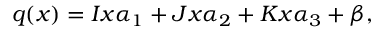
q ( x ) = I x \alpha _ { 1 } + J x \alpha _ { 2 } + K x \alpha _ { 3 } + \beta ,